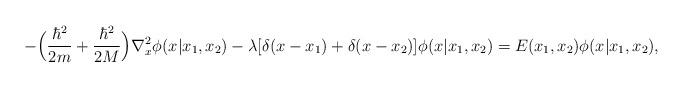
LaTeX: \begin{align*}-\Big(\frac{\hbar^2}{2m}+\frac{\hbar^2}{2M}\Big)\nabla_x^2 \phi(x|x_1, x_2)-\lambda[\delta(x-x_1)+\delta(x-x_2)]\phi(x|x_1, x_2) =E(x_1,x_2)\phi(x|x_1, x_2),\end{align*}